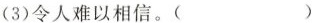
(3)令人难以相信。( )